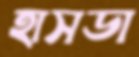
হাসডা